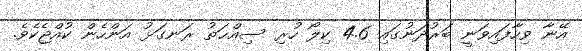
އޭނާ ވިހާފައިވަނީ ބަރުދަނުގައި 4.6 ކިލޯ ހުރި ސިއްޙަތު ރަނގަޅު އަންހެން ކުއްޖެކެވެ.